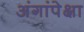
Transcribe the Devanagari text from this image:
अंगांपेक्षा